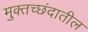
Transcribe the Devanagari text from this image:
मुक्तच्छंदातील